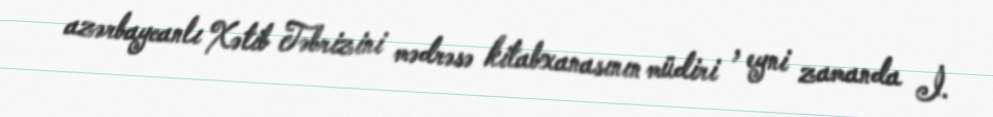
azərbaycanlı Xətib Təbrizini mədrəsə kitabxanasının müdiri , eyni zamanda İ.